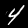
Label: 4